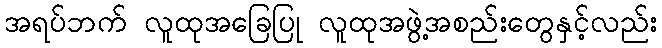
အရပ်ဘက် လူထုအခြေပြု လူထုအဖွဲ့အစည်းတွေနှင့်လည်း